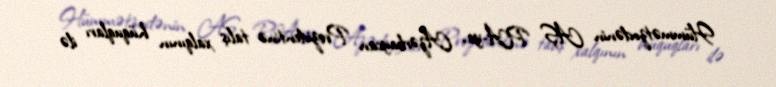
Hümmətzodənin AŞ PA-ya, Azərbaycan Prezidentinə talış xalqının hüquqları ilə